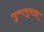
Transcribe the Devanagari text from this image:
पुष्पचूषाद्य